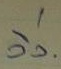
วิ่ง